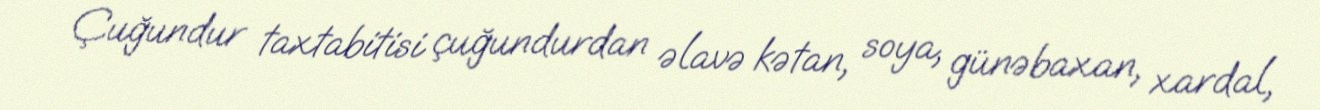
Çuğundur taxtabitisi çuğundurdan əlavə kətan, soya, günəbaxan, xardal,